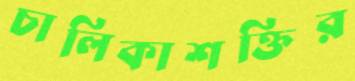
চালিকাশক্তির